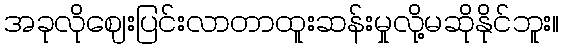
အခုလိုဈေးပြင်းလာတာထူးဆန်းမှုလို့မဆိုနိုင်ဘူး။